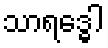
သာရဒ္ဓေါ